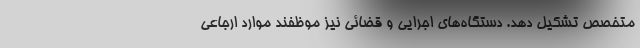
متخصص تشکیل دهد. دستگاه‌های اجرایی و قضائی نیز موظفند موارد ارجاعی